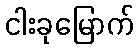
ငါးခုမြောက်